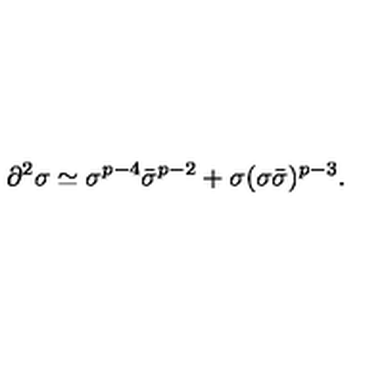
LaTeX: \partial ^ { 2 } \sigma \simeq \sigma ^ { p - 4 } \bar { \sigma } ^ { p - 2 } + \sigma ( \sigma \bar { \sigma } ) ^ { p - 3 } .